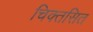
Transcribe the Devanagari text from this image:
चिक्तसित